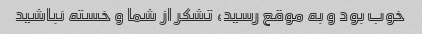
خوب بود و به موقع رسید، تشکر از شما و خسته نباشید